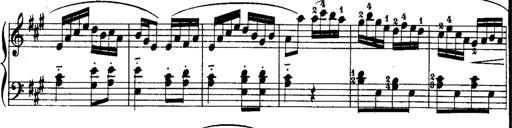
Title: Rondos and Sonatinas for Pianoforte
Composer: Daniel Steibelt